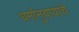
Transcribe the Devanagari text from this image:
धर्मानुयायांचे